Indian Civil Veterinary Department memoirs
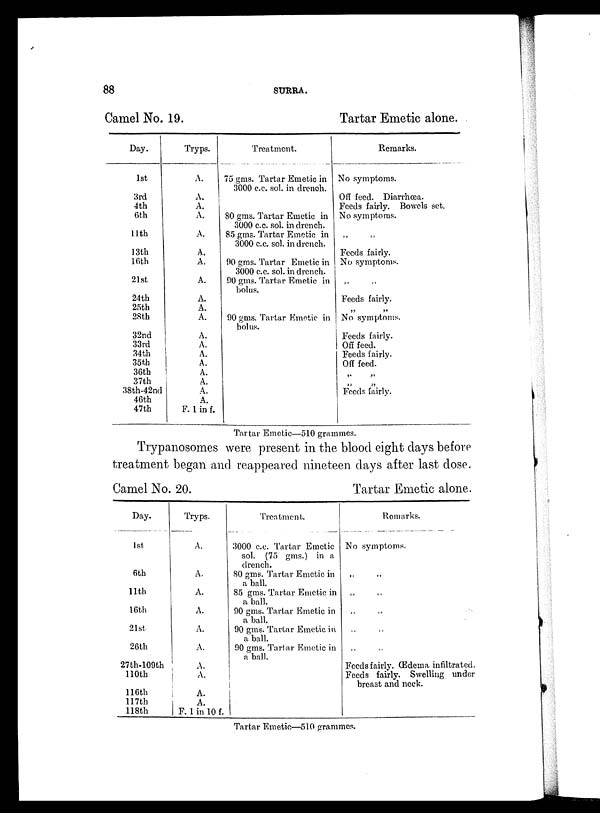
88
SURRA.
Camel No. 19.
Day.
1st
3rd
4th
6th
11th
13th
16th
21st
24th
25th
28th
32nd
33rd
34th
35th
36th
37th
38th-42nd
46th
47th
Tryps.
A.
A.
A.
A.
A.
A.
A.
A.
A.
A.
A.
A.
A.
A.
A.
A.
A.
A.
A.
F. 1 in f.
Treatment.
75 gms. Tartar Emetic in
3000 c.c. sol. in drench.
80 gms. Tartar Emetic in
3000 c.c. sol. in drench.
85 gms. Tartar Emetic in
3000 c.c. sol. in drench.
00 gms. Tartar Emetic in
3000 c.c. sol. in drench.
90 gms. Tartar Emetic in
bolus.
90 gms. Tartar Emetic in
bolus.
Tartar Emetic alone.
Remarks.
No symptoms.
Off feed. Diarrhœa.
Feeds fairly. Bowels set.
No symptoms.
„
„
Feeds fairly.
No symptoms.
„ „
Feeds fairly.
No symptoms.
Feeds fairly.
Off feed.
Feeds fairly.
Off feed.
„ „
„ „
Feeds fairly.
Tartar Emetic—510 grammes.
Trypanosomes were present in the blood eight clays before
treatment began and reappeared nineteen days after last dose.
Camel No. 20.
Day.
1st.
6th
11th
16th
21st
26th
27th-109th
110th
116th
117th
118th
Tryps.
A.
A.
A.
A.
A.
A.
A.
A.
A.
A.
F. 1 in 10 f.
Treatment.
3000 c.c. Tartar Emetic
sol. (75 gms.) in a
drench.
80 gms. Tartar Emetic in
a ball.
85 gms. Tartar Emetic in
a ball.
90 gms. Tartar Emetic in
a ball.
90 gms. Tartar Emetic in
a ball.
90 gms. Tartar Emetic in
a ball.
Tartar Emetic alone.
Remarks.
No symptoms.
„ „
„ „
„ „
„ „
„ „
Feeds fairly. Œdema infiltrated.
Feeds fairly. Swelling under
breast and neck.
Tartar Emetic—510 grammes.